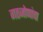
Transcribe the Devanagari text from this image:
गठजोणांचा